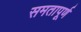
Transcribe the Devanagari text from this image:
समतापूर्ण